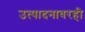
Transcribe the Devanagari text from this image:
उत्पादनावरही